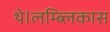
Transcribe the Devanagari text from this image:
थे।लम्ब्लिकास